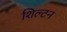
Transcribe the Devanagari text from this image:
शिल्टन